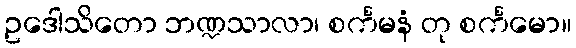
ဥဒေါသိတော ဘဏ္ဍသာလာ၊ စင်္ကမနံ တု စင်္ကမော။